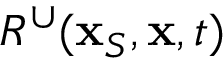
R ^ { \cup } ( { \bf x } _ { S } , { \bf x } , t )